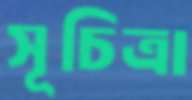
সূচিত্রা